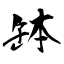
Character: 缽